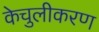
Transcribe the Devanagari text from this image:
केचुलीकरण